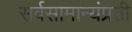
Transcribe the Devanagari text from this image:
सर्वसामान्यंप्रती